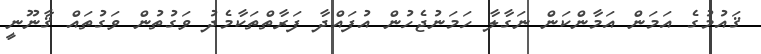
ޤައުމުގެ އަމަން އަމާންކަން ނަގާލާ ހަމަނުޖެހުން އުފައްދާ ފަރާތްތަކާމެދު ވަގުތުން ވަގުތައް ޤާނޫނީ